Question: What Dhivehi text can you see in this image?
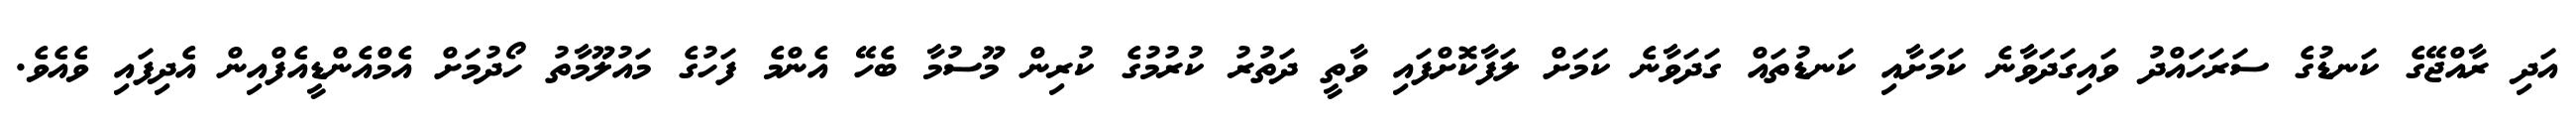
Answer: އަދި ރާއްޖޭގެ ކަނޑުގެ ސަރަހައްދު ވައިގަދަވާނެ ކަމަށާއި ކަނޑުތައް ގަދަވާނެ ކަމަށް ލަފާކޮށްފައި ވާތީ ދަތުރު ކުރުމުގެ ކުރިން މޫސުމާ ބެހޭ އެންމެ ފަހުގެ މައުލޫމާތު ހޯދުމަށް އެމްއެންޑީއެފްއިން އެދިފައި ވެއެވެ.